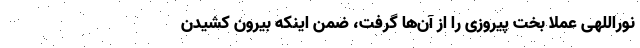
نوراللهی عملاً بخت پیروزی را از آن‌ها گرفت، ضمن اینکه بیرون کشیدن